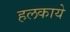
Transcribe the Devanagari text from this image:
हलकाये